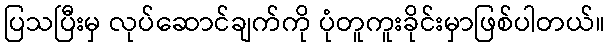
ပြသပြီးမှ လုပ်ဆောင်ချက်ကို ပုံတူကူးခိုင်းမှာဖြစ်ပါတယ်။